Indian journal of veterinary science and animal husbandry - Volume 2,
Year: 1932
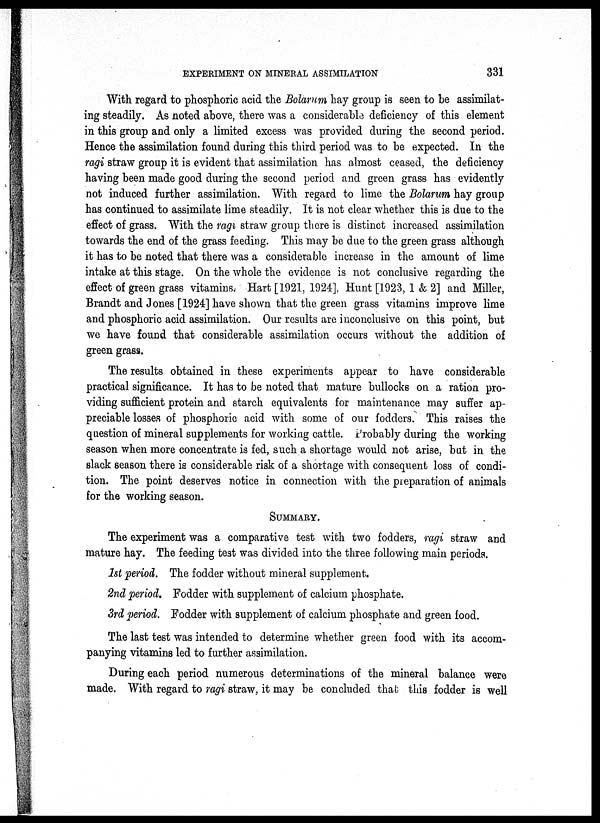
EXPERIMENT ON MINERAL ASSIMILATION
331
With regard to phosphoric acid the Bolarum hay group is seen to be assimilat-
ing steadily. As noted above, there was a considerable deficiency of this element
in this group and only a limited excess was provided during the second period.
Hence the assimilation found during this third period was to be expected. In the
ragi straw group it is evident that assimilation has almost ceased, the deficiency
having been made good during the second period and green grass has evidently
not induced further assimilation. With regard to lime the Bolarum hay group
has continued to assimilate lime steadily. It is not clear whether this is due to the
effect of grass. With the ragi straw group there is distinct increased assimilation
towards the end of the grass feeding. This may be due to the green grass although
it has to be noted that there was a considerable increase in the amount of lime
intake at this stage. On the whole the evidence is not conclusive regarding the
effect of green grass vitamins. Hart [1921, 1924], Hunt [1923, 1 & 2] and Miller,
Brandt and Jones [1924] have shown that the green grass vitamins improve lime
and phosphoric acid assimilation. Our results are inconclusive on this point, but
we have found that considerable assimilation occurs without the addition of
green grass.
The results obtained in these experiments appear to have considerable
practical significance. It has to be noted that mature bullocks on a ration pro-
viding sufficient protein and starch equivalents for maintenance may suffer ap-
preciable losses of phosphoric acid with some of our fodders. This raises the
question of mineral supplements for working cattle. Probably during the working
season when more concentrate is fed, such a shortage would not arise, but in the
slack season there is considerable risk of a shortage with consequent loss of condi-
tion. The point deserves notice in connection with the preparation of animals
for the working season.
SUMMARY.
The experiment was a comparative test with two fodders, ragi straw and
mature hay. The feeding test was divided into the three following main periods.
1st period. The fodder without mineral supplement.
-nd period. Fodder with supplement of calcium phosphate.
3rd period. Fodder with supplement of calcium phosphate and green food.
The last test was intended to determine whether green food with its accom-
panying vitamins led to further assimilation.
During each period numerous determinations of the mineral balance were
made. With regard to ragi straw, it may be concluded that this fodder is well